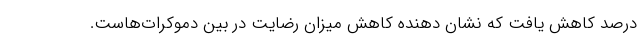
درصد کاهش یافت که نشان دهنده کاهش میزان رضایت در بین دموکرات‌هاست.